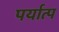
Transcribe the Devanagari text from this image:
पर्यात्प